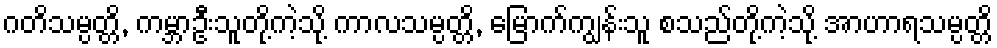
ဂတိသမ္ပတ္တိ, ကမ္ဘာဦးသူတို့ကဲ့သို့ ကာလသမ္ပတ္တိ, မြောက်ကျွန်းသူ စသည်တို့ကဲ့သို့ အာဟာရသမ္ပတ္တိ